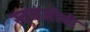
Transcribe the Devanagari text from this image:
स्वयंजीवी